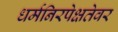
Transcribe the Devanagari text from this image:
धर्मनिरपेक्षतेवर